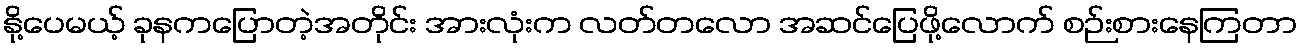
နို့ပေမယ့် ခုနကပြောတဲ့အတိုင်း အားလုံးက လတ်တလော အဆင်ပြေဖို့လောက် စဉ်းစားနေကြတာ